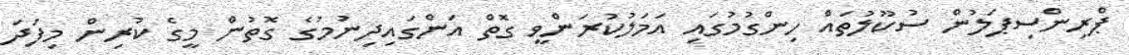
ޕްރިންސިޕަލުން ސުކޫލުތައް ހިންގުމުގައި އަމަލުކުރަންވީ ގޮތް އަންގައިދިނުމުގެ ގޮތުން މީގެ ކުރިން މިފަދަ